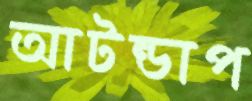
আটন্ডাপ